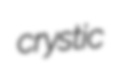
crystic